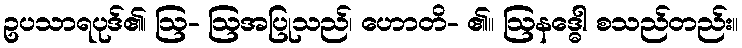
ဥပသာရပုဒ်၏၊ ဩ- ဩအပြုသည်၊ ဟောတိ- ၏။ ဩနဒ္ဓေါ စသည်တည်း။